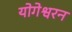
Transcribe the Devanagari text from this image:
योगेश्वरन